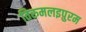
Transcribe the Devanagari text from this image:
तिरुमलइपुरम